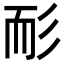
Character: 耏